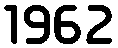
1962